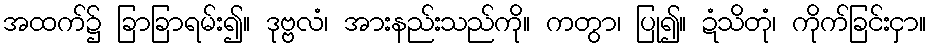
အထက်၌ ခြာခြာရမ်း၍။ ဒုဗ္ဗလံ၊ အားနည်းသည်ကို။ ကတွာ၊ ပြု၍။ ဍံသိတုံ၊ ကိုက်ခြင်းငှာ။